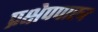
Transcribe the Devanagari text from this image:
प्रक्षेपपास्त्र